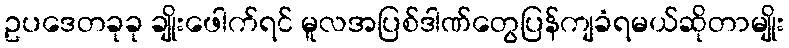
ဥပဒေတခုခု ချိုးဖေါက်ရင် မူလအပြစ်ဒါဏ်တွေပြန်ကျခံရမယ်ဆိုတာမျိုး